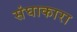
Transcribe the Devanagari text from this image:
संघाकारा